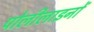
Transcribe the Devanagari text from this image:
पोलीलाइनों